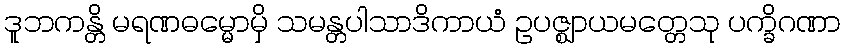
ဒူဘကန္တိ မရဏဓမ္မောမှိ သမန္တပါသာဒိကာယံ ဥပဇ္ဈာယမတ္တေသု ပက္ခိဂဏာ